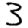
Digit: 3